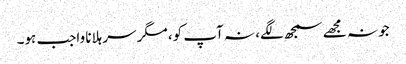
جو نہ مجھے سمجھ لگے، نہ آپ کو، مگر سر ہلانا واجب ہو۔